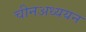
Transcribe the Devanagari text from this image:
चीनअध्ययन